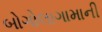
બોગોલાગામાની